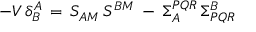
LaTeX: - { \cal V } \, \delta _ { B } ^ { A } \, = \, S _ { A M } \, S ^ { B M } \, - \, \Sigma _ { A } ^ { P Q R } \, \Sigma _ { P Q R } ^ { B }